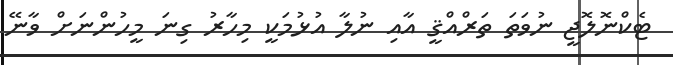
ޓެކްނޮލޮޖީ ނުވަތަ ތަރްއްޤީ އާއި ނުލާ އުޅުމަކީ މިހާރު ގިނަ މީހުންނަށް ވާނޭ